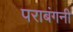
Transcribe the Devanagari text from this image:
पराबंगनी